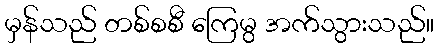
မှန်သည် တစ်စစီ ကြေမွ အက်သွားသည်။